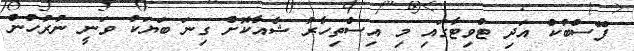
ފޭސްބުކް އަދި ޓްވިޓާގައި މި އިސްތިހާރު ޝެއާކޮށް ގިނަ ބަޔަކު ވަނީ ނުރުހުން